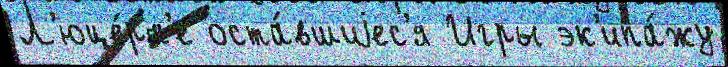
Л'юце́рн'е оста́вшиjес'я Игры эк'ипа́жу